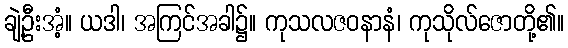
ချဲ့ဦးအံ့။ ယဒါ၊ အကြင်အခါ၌။ ကုသလဇဝနာနံ၊ ကုသိုလ်ဇောတို့၏။